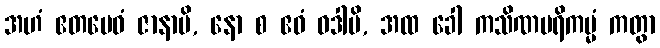
အဟံ ဧတမေဝံ ဇာနာမိ, နော စ ဧဝံ ဝဒါမိ, အထ ခေါ ကသိဏပရိကမ္မံ ကတွာ